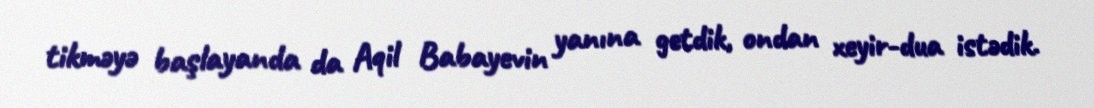
tikməyə başlayanda da Aqil Babayevin yanına getdik, ondan xeyir-dua istədik.